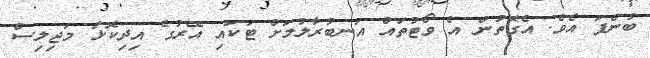
ބުނެފަ އެވެ. އެގޮތުން އެ ވޯޓުތައް އަނބުރާލުމަށް ޓަކައި އޭރުގެ އިދިކޮޅު މަޖިލިސް